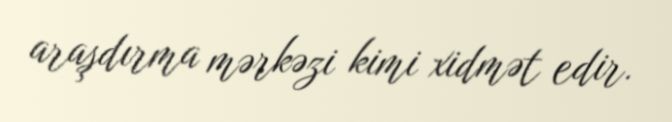
araşdırma mərkəzi kimi xidmət edir.